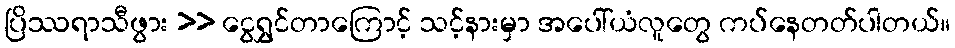
ပြိဿရာသီဖွား >> ငွေရွှင်တာကြောင့် သင့်နားမှာ အပေါ်ယံလူတွေ ကပ်နေတတ်ပါတယ်။